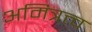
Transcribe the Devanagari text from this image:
अमित्रत्त्व